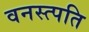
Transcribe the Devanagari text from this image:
वनस्त्पति